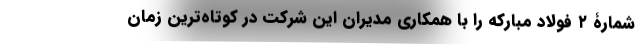
شمارۀ ۲ فولاد مبارکه را با همکاری مدیران این شرکت در کوتاه‌ترین زمان